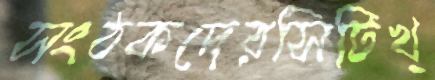
সংঠকদেরসিটিখ্